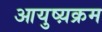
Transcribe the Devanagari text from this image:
आयुष्य़क्रम